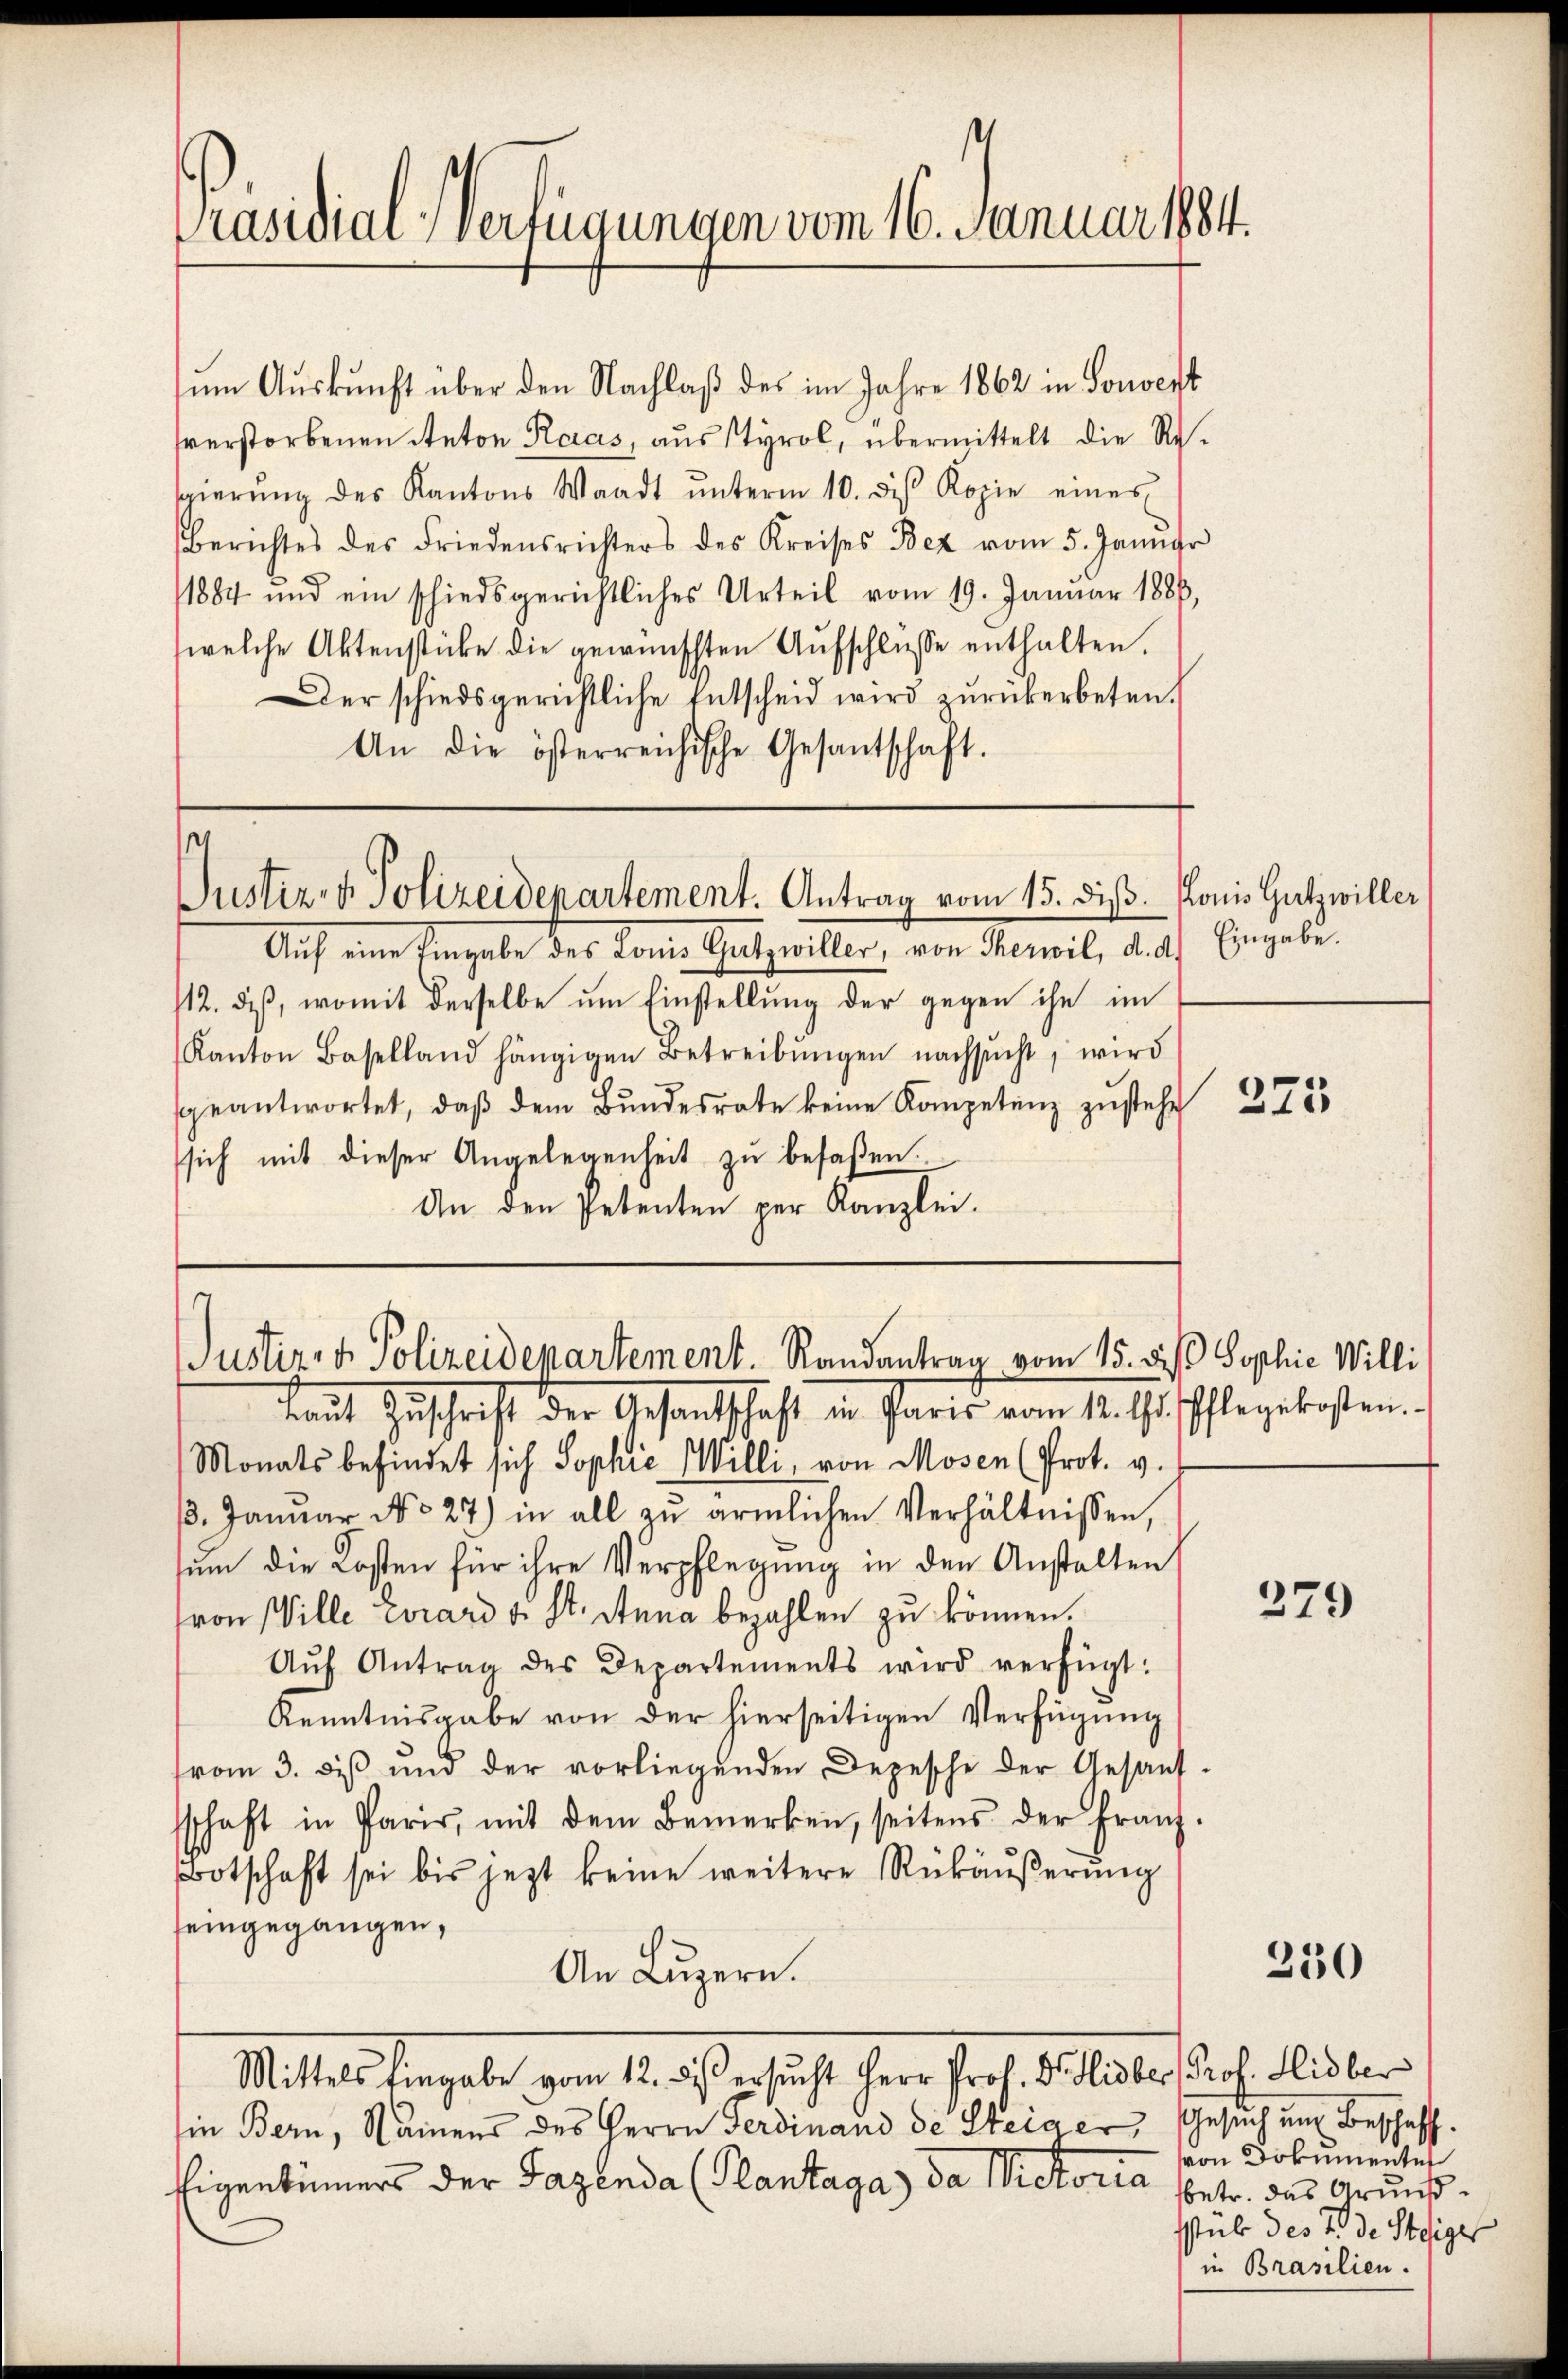
Präsidial-Verfügungen vom 16. Januar 1884.

sum Auskunft über den Nachlaß des im Jahre 1862 in Souvert
sverstorbenen Anton Raas, aus Styrol, übermittelt die Resgierŭng des Kantons Waadt ŭnterm 10. des Kopie eines
Berichtes des Friedensrichters des Kreises Bez vom 5. Janngr
1884 und ein schiedsgerichtliches Urteil vom 19. Januar 1886,
welche Aktenstücke die gewünschten Aufschlüsse enthalten.
Der schiedsgerichtliche Entscheid wird zŭrückerbeten.
An die österreichische Gesantschaft.

Justiz- & Polizeidepartement. Antrag vom 15. dis. Konis Gutzwiller

Auf eine Eingabe des Lonis Getzwiller, von Meril, dass
/12. dβ, womit derselbe ŭm Einstellŭng der gegen ihn im
Kanton Baselland hängigen Betreibŭngen nachsŭcht, wird
geantwortet, daβ dem Bŭndesrate keine Kompetenz zŭstehe
sich mit dieser Angelegenheit zu befaßen.
An den Petenten per Kanzlei.

Justiz- & Polizeidepartement. Randantrag vom 15. des Sophie Willi

kaut Zuschrift der Gesandtschaft in Paris vom 11. J. Pflegekosten.
Monats befindet sich Sophie Willi, von Mosen (Prot. v.
13. Janŭar No 27) in all zŭ ärmlichen Verhältnissen,
sum die Kosten für ihre Verpflegung in den Anstalten
von Ville Evrard v. St. Anna bezahlen zu können.
Aŭf Antrag des Departements wird verfügt:
Kenntnisgabe von der hierseitigen Verfügung
vom 3. des und der vorliegenden Depesche der Gesand
schaft in Paris, mit dem Bemerken, seitens der Franz
otschaft sei bis jezt keine weitere Rückäußerung
seingegangen,
An Luzern.
Mittel hingabe vom 12. daß ersucht Herr Prof. S. Mater Prof. Huber
in Bern, Namens des Herrn Ferdinand de Steiger Gesuch um Beschaff¬
Eigentümers der Tagenda (Plantaga) da Nietoria betr. das Grund¬

Eingabe.

223

279

250

von Dokumente
sstab des 7. de Steiger
in Brasilien.